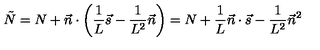
\tilde { N } = N + \vec { n } \cdot \left( \frac { 1 } { L } \vec { s } - \frac { 1 } { L ^ { 2 } } \vec { n } \right) = N + \frac { 1 } { L } \vec { n } \cdot \vec { s } - \frac { 1 } { L ^ { 2 } } { \vec { n } } ^ { 2 }